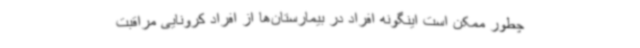
چطور ممکن است اینگونه افراد در بیمارستان‌ها از افراد کرونایی مراقبت